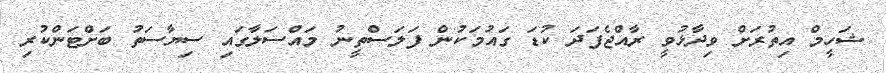
ޝަހީމް އިތުރަށް ވިދާޅުވީ ރާއްޖެފަދަ ކުޑަ ގައުމަކުން ފަލަސްތީނު މައްސަލާގައި ސިޔާސަތު ބަށްޓަންކުރި